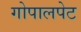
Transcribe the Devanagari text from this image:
गोपालपेट